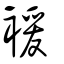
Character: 褑